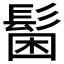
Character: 𩭋